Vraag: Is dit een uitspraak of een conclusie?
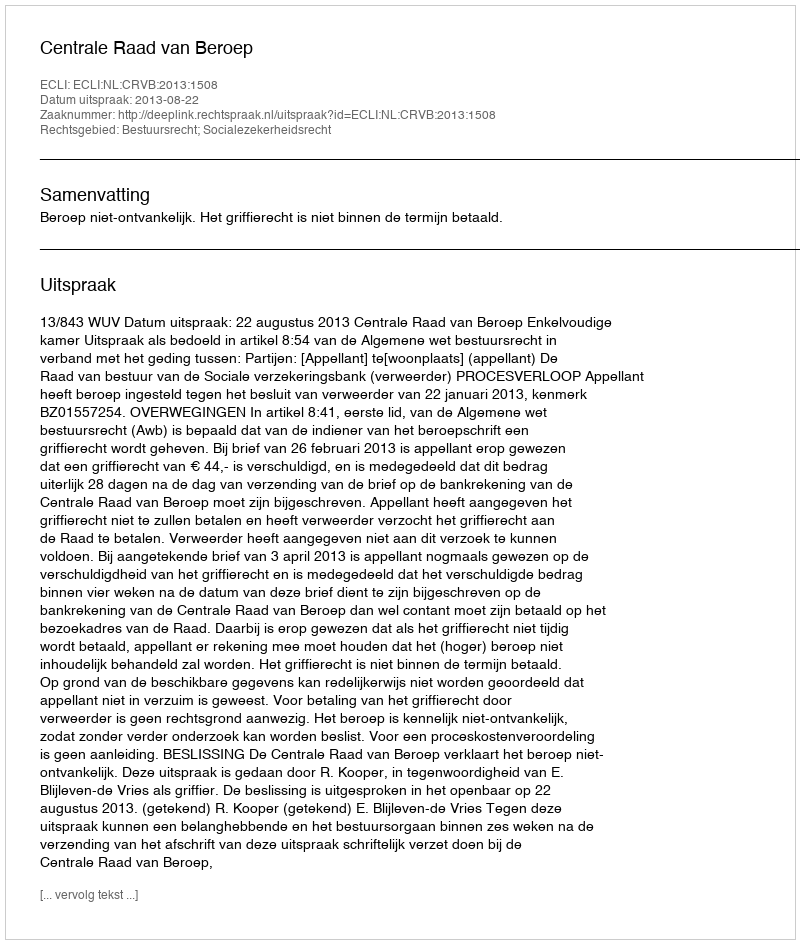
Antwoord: Uitspraak